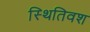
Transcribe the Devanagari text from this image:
स्थितिवश